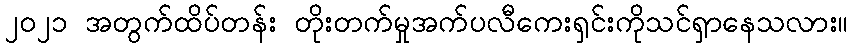
၂၀၂၁ အတွက်ထိပ်တန်း တိုးတက်မှုအက်ပလီကေးရှင်းကိုသင်ရှာနေသလား။